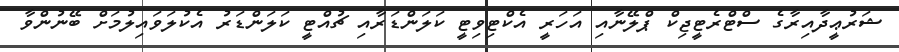
ޝަރުޢީދާއިރާގެ ސްޓްރެޓީޖިކް ޕްލޭނާއި އަހަރީ އެކްޓިވިޓީ ކަލަންޑަރާއި ޗުއްޓީ ކަލަންޑަރު އެކުލަވައިލުމަށް ބޭނުންވާ